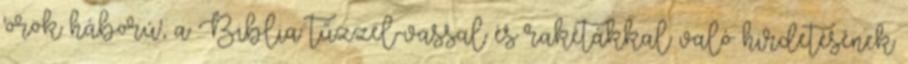
'örök háború', a Biblia tűzzel-vassal és rakétákkal való hirdetésének